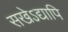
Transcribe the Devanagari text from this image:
सखेऽद्यापि